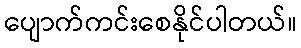
ပျောက်ကင်းစေနိုင်ပါတယ်။